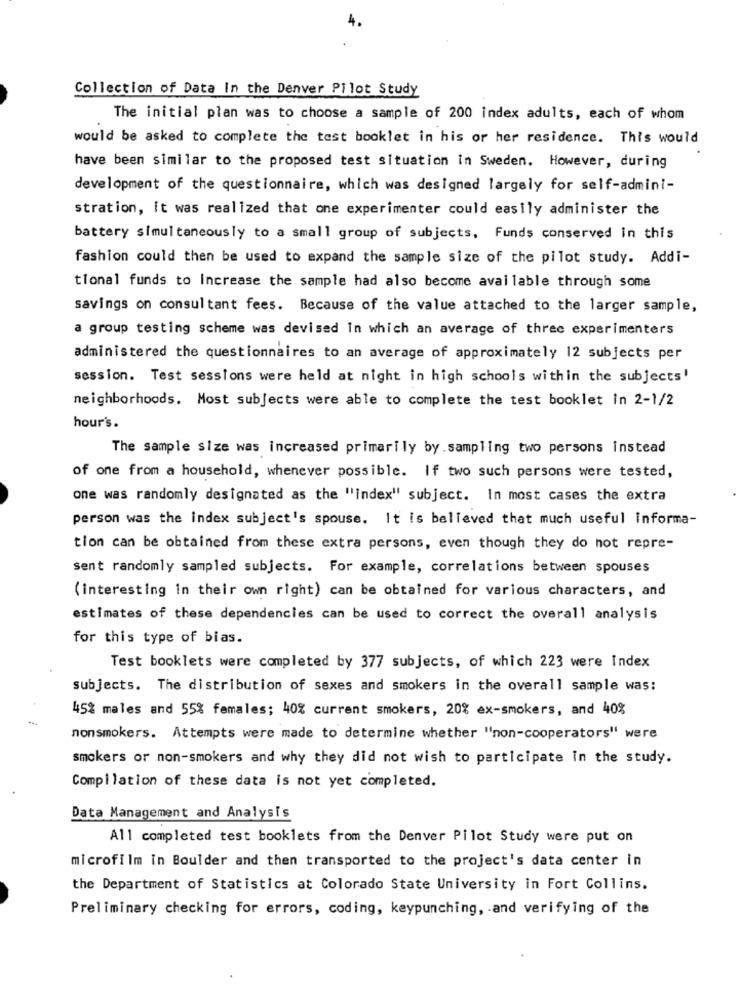
Collection of Data In the Denver Pilot Study
The initial plan was to choose a sample of 200 index adults, each of whom
would be asked to complete the test booklet in his or her residence. This would
have been similar to the proposed test situation in Sweden. However, during
development of the questionnaire, which was designed largely for self-admini-
stration, it was realized that one experimenter could easily administer the
battery simultaneously to a small group of subjects, Funds conserved in this
fashion could then be used to expand the sample size of the pilot study. Addi-
tional funds to Increase the sample had also become available through some
savings on consultant fees. Because of the value attached to the larger sample,
a group testing scheme was devised In which an average of three experimenters
administered the questionnaires to an average of approximately 12 subjects per
session. Test sessions were held at night in high schools within the subjects'
neighborhoods. Most subjects were able to complete the test booklet in 2-1/2
hour's.
The sample size was increased primarily by. sampling two persons instead
of one from a household, whenever possible. If two such persons were tested,
one was randomly designated as the "index" subject. In most cases the extra
person was the index subject's spouse. It is believed that much useful informa-
tion can be obtained from these extra persons, even though they do not repre-
Sent randomly sampled subjects. For example, correlations between spouses
(interesting in their own right) can be obtained for various characters, and
estimates of these dependencies can be used to correct the overall analysis
for this type of bias.
Test booklets were completed by 377 subjects, of which 223 were Index
subjects. The distribution of sexes and smokers in the overall sample was:
45% males and 55% females; 40% current smokers, 20% ex-smokers, and 40%
nonsmokers. Attempts were made to determine whether "non-cooperators" were
smokers or non-smokers and why they did not wish to participate In the study.
Compilation of these data is not yet completed.
Data Management and Analysis
All completed test booklets from the Denver Pilot Study were put on
microfilm in Boulder and then transported to the project's data center in
the Department of Statistics at Colorado State University in Fort Collins.
Preliminary checking for errors, coding, keypunching, and verifying of the